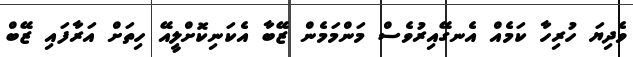
ވެދިޔަ ހުރިހާ ކަމެއް އެނގޭއިރުވެސް މަންމަމެން ޒޭބާ އެކަނިކޮށްލީއޭ ހިތަށް އަރާފައި ޒޭބް